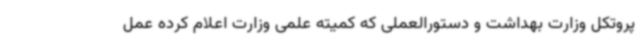
پروتکل وزارت بهداشت و دستورالعملی که کمیته علمی وزارت اعلام کرده عمل